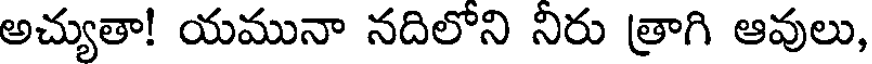
అచ్యుతా! యమునా నదిలోని నిరు త్రాగి ఆవులు,